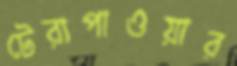
টেরাপাওয়ার